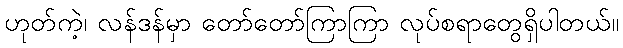
ဟုတ်ကဲ့၊ လန်ဒန်မှာ တော်တော်ကြာကြာ လုပ်စရာတွေရှိပါတယ်။